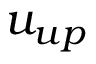
u _ { u p }